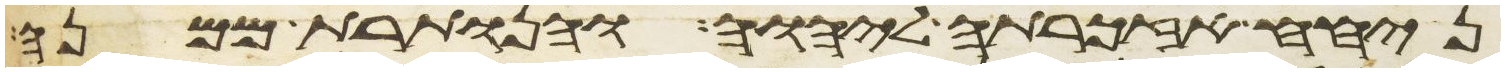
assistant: ניחח אזכרתה ליהוה והנותרת ממנה